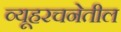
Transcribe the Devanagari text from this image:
व्यूहरचनेतील